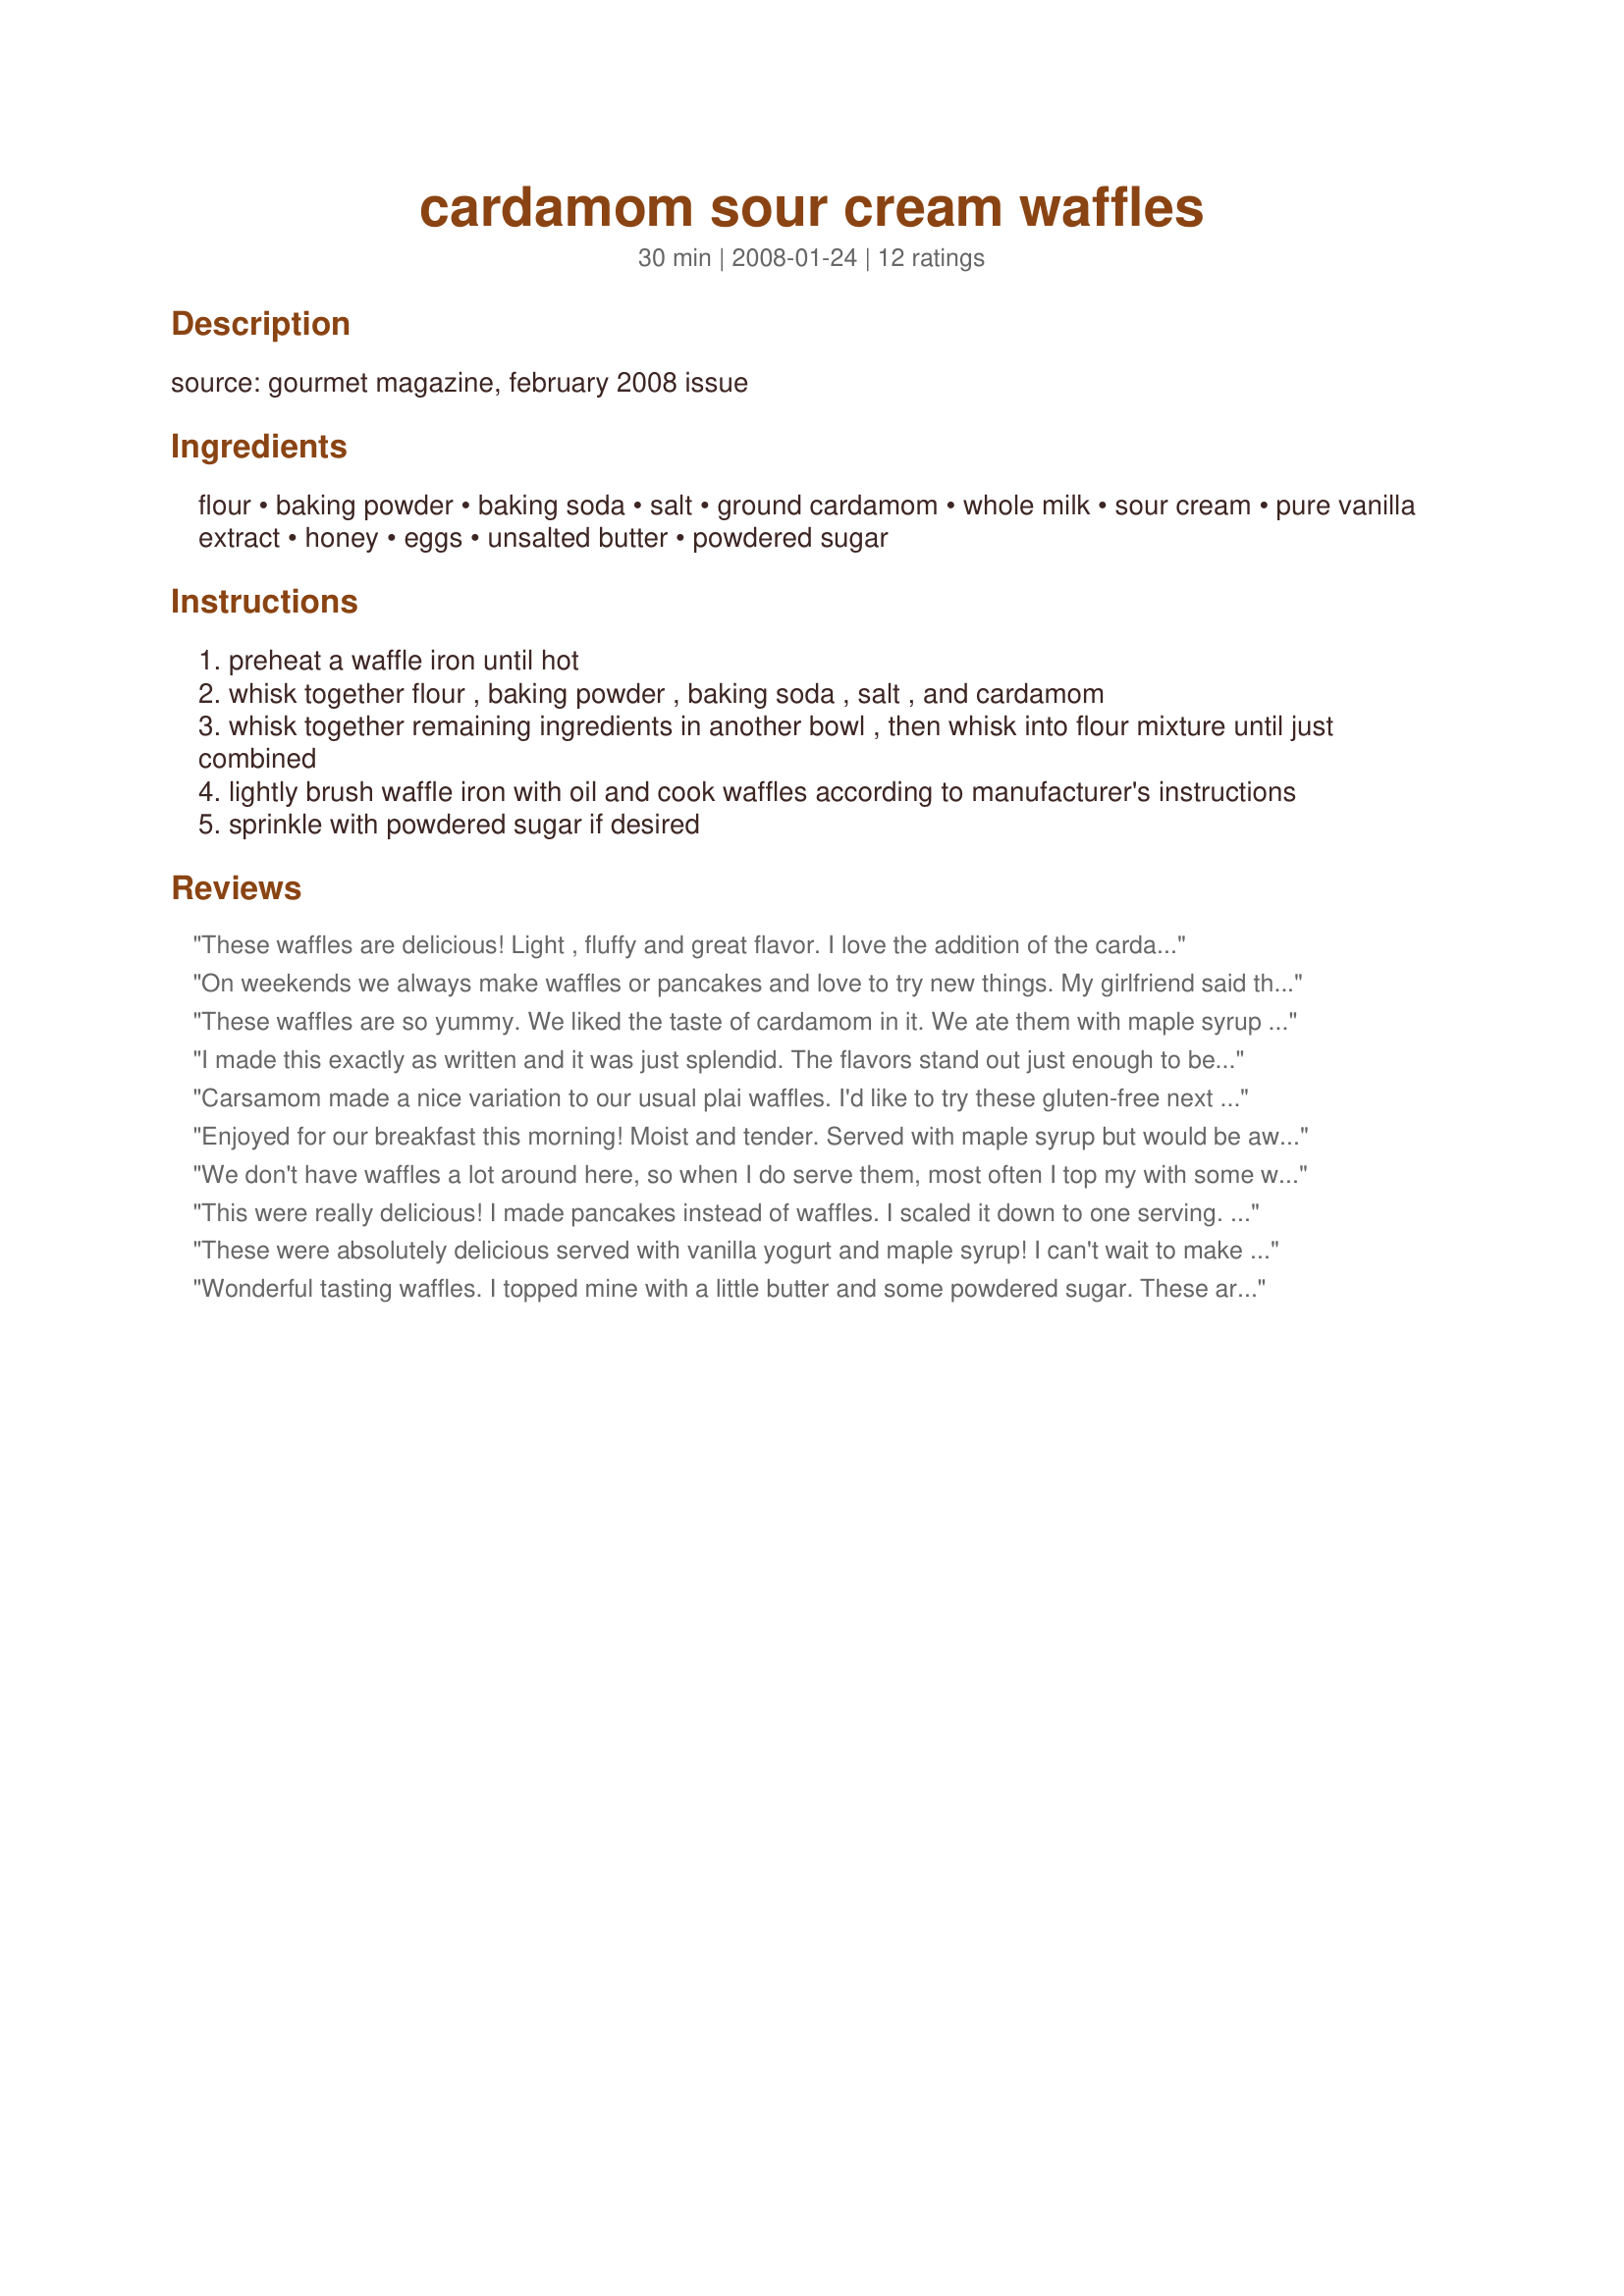
cardamom sour cream waffles
Preparation time: 30 minutes

source: gourmet magazine, february 2008 issue

Ingredients:
flour, baking powder, baking soda, salt, ground cardamom, whole milk, sour cream, pure vanilla extract, honey, eggs, unsalted butter, powdered sugar

Steps:
preheat a waffle iron until hot
whisk together flour , baking powder , baking soda , salt , and cardamom
whisk together remaining ingredients in another bowl , then whisk into flour mixture until just combined
lightly brush waffle iron with oil and cook waffles according to manufacturer's instructions
sprinkle with powdered sugar if desired

Reviews:
These waffles are delicious! Light , fluffy and great flavor. I love the addition of the cardamom which adds flavor but is certainly not overpowering . Will be keeping this recipe close at hand. Thanks for sharing (recipe swap #15)
On weekends we always make waffles or pancakes and love to try new things. My girlfriend said that she was craving cardamom; I thought what a strange thing to crave. I found this recipe and thought this looks and shrouds like Valentines Day breakfast for both of us. They have a flavor that I cannot describe so I am sure that must be the cardamom, I have not used cardamom much, they are Not sweet at all but with the powdered sugar they are great. My daughter said they are addicting and My three year old said Licious! Thank you for the recipe.
These waffles are so yummy. We liked the taste of cardamom in it. We ate them with maple syrup and a little bit of whipped cream for me. I used 2% fat milk and fat free sour cream. Thanks Mom2Rose :) Made for the Zwizzle Chicks of ZWT
I made this exactly as written and it was just splendid. The flavors stand out just enough to be noticed but not overwhelming. Goes great with maple syrup. A new favorite waffle recipe! Thanks for posting.
Carsamom made a nice variation to our usual plai waffles. I'd like to try these gluten-free next time. Reviewed for July Recipe Swap in Aus/NZ Forum. My apologies for being so late with my review.
Enjoyed for our breakfast this morning! Moist and tender. Served with maple syrup but would be awesome with lingonberries. I thought the cardamom was strong but my cardamon is very fresh. I store pods in freezer, then remove husks and pound so maybe that is why I think I will reduce amount next time. Thank you very much for recipe.
We don't have waffles a lot around here, so when I do serve them, most often I top my with some white corn syrup or a little strawberry preserves ~ For these great tasting breakfast treats it was the syrup (minus the powdered sugar)! Very much enjoyed the cardamom & sour cream in these & will be making them again, for sure! [Made & reviewed during the Family Picks part of ZWT6]
This were really delicious! I made pancakes instead of waffles. I scaled it down to one serving. For the egg, I beat one egg in a cup and poured half of it into the sour cream. I am not a milk drinker so I didn't have any whole milk,. I mixed a little bit of water with some Half and Half. about 2 to 1 Two parts Half and Half and one .part water. It worked out quite well.I had Cardamom powder instead of ground. II had to double the Cardamom to even taste it. It all worked out to be the perfect amount of batter. It made 2 pancakes, which was the perfect amount I will be making this again.The Directions were easy to follow. Thanks sister gypsy for sharing your recipe. This was made for ZWT 4 Family picks and the Cafe ZMAKK Gypsies
These were absolutely delicious served with vanilla yogurt and maple syrup! I can't wait to make them again!
Wonderful tasting waffles. I topped mine with a little butter and some powdered sugar. These aren't a crisp waffle but a very moist waffle. Thanks for sharing the recipe. Made for ZWT6.
I made this for Aus/NZ recipe swap #14. So glad I found this. I haven't had luck with good tasting waffles using my freshly ground whole wheat. I had to make some changes, but it turned out great! Used 1/2 C whip. cream and 1/2 C skim milk. Didn't have vanilla, so used low-fat vanilla yogurt, 1 T light agave nectar and a bit of honey for flavor. My waffle iron is slow, so each waffle took 8 minutes or so, but it made 8 waffles. Will make this again. Update: I made these into pancakes today, using skim milk and plain low-fat yog. Wow! These were so light and yummy. I think we've found our new fav. pancake. DD said they taste like French toast!
These are some of the best waffles that I have tried on this site. They were light, fluffy, soft, tender, crisp and the flavor was incredible. I love cardamom and couldn't have enjoyed this recipe more. All the flavors balanced beautifully to create a memorable treat. Thanks so much for sharing Mom2Rose...we loved these.
